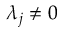
\lambda _ { j } \neq 0